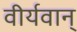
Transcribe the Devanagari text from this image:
वीर्यवान्‌